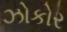
ઝોકોર